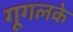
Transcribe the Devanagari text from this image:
गूगलके